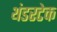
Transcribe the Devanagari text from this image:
थंडरटेक